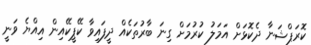
ކޮރަޕްޝަނާ ދެކޮޅަށް އަމަލު ކުރުމަށް ގިނަ ބާރުތަކެއް ދީފައިވާ ކޭޕީކޭއިން އިއްޔެ ވަނީ